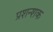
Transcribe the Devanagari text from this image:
प्रशन्शक